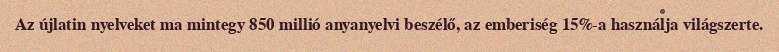
Az újlatin nyelveket ma mintegy 850 millió anyanyelvi beszélő, az emberiség 15%-a használja világszerte.